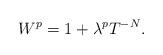
LaTeX: \begin{align*}W^p = 1 + \lambda^p T^{-N}.\end{align*}